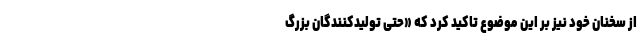
از سخنان خود نیز بر این موضوع تاکید کرد که «حتی تولیدکنندگان بزرگ